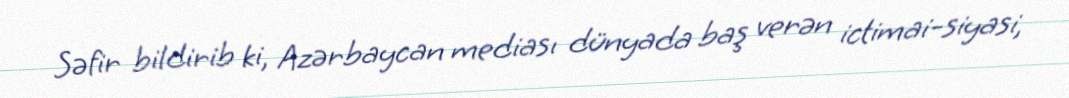
Səfir bildirib ki, Azərbaycan mediası dünyada baş verən ictimai-siyasi,